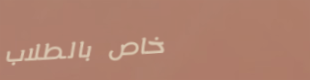
خاص بالطلاب